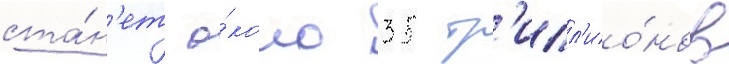
ста́н'ет о́коло 35 тр'илл'ио́нов